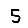
Digit: 5